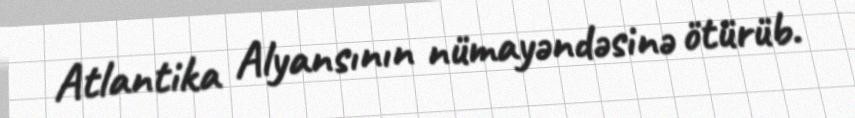
Atlantika Alyansının nümayəndəsinə ötürüb.